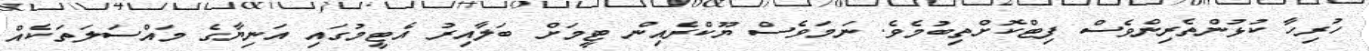
ހުރިހާ ކުޅުންތެރިންވެސް ފިޓްކޮށްތިބުމެވެ. ނަމަވެސް ޔޫކްރެއިން ޓީމަށް ބަލާއިރު އެޓީމުގައި އަނިޔާގެ މައްސަލަތަކެއް